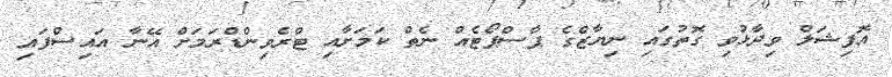
އޮފިޝަލް ވިދާޅުވި ގޮތުގައި ނިޔާޒްގެ ޕާސްޕޯޓެއް ނެތް ކަމަށާއި ޓްރެވިންޑްރަމަށް އޭނާ އައިސްފައި